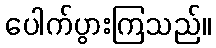
ပေါက်ပွားကြသည်။